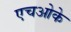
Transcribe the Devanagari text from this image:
एचओके